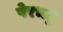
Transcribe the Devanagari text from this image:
पेरभट्ट